Civil Veterinary Dept. Bombay admin report 1923-31 - 1923-1931
Year: 1923
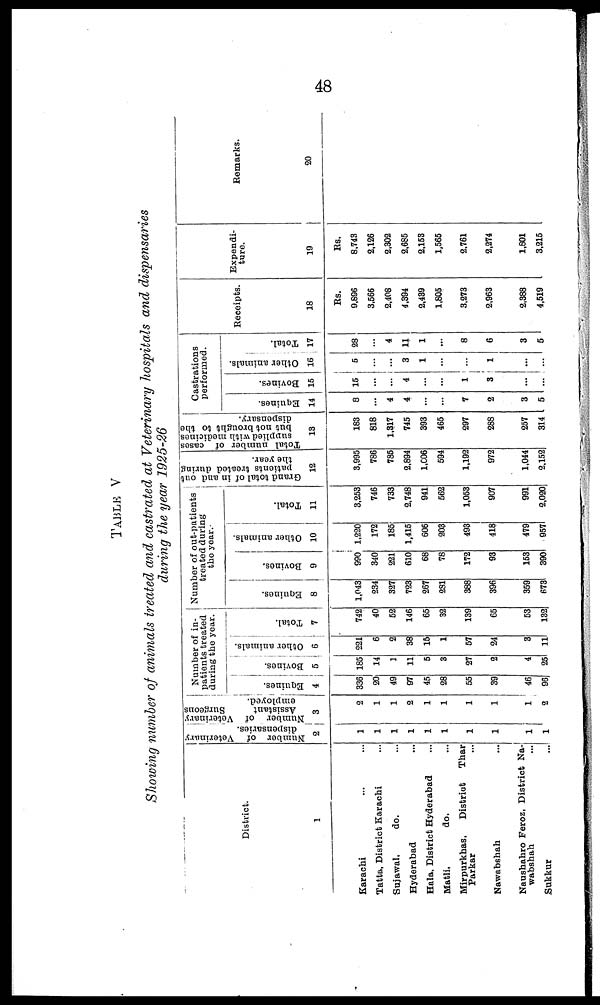
48
TABLE V
Showing number of animals treated and castrated at Veterinary hospitals and dispensaries
during the year 1925-26
District.
1
Karachi ... ...
Tatta, District Karachi ...
Sujawal,
do. ...
Hyderabad ...
Hala, District Hyderabad ...
Matli,
do. ...
Mirpurkhas,
District
Thar
Parkar ...
Nawabshah ...
Naushahro Feroz, District Na-
wabshah ...
Sukkur
...
Number of Veterinary
dispensaries.
2
1
1
1
1
1
1
1
1
1
1
Number of Veterinary
Assistant
Surgeons
employed.
3
2
1
1
2
1
1
1
1
1
2
Number of in-
patients treated
during the year.
Equines.
4
336
20
49
97
45
28
55
39
46
96
Bovines.
5
185
14
1
11
5
3
27
2
4
25
Other animals.
6
221
6
2
38
15
1
57
24
3
11
Total.
7
742
40
52
146
65
32
139
65
53
132
Number of out-patients
treated during
the year.
Equines.
8
1,043
234
327
723
267
281
388
396
359
673
Bovines.
9
990
340
221
610
68
78
172
93
153
390
Other animals.
10
1,220
172
185
1,415
606
203
493
418
479
957
Total.
11
3,253
746
733
2,748
941
562
1,053
907
991
2,020
Grand total of in and out
patients treated during
the year.
12
3,995
786
785
2,894
1,006
594
1,192
972
1,044
2,152
Total number of cases
supplied with medicines
but not brought to the
dispensary.
13
183
818
1,317
745
393
465
297
288
257
314
Castrations
performed.
Equines.
14
8
4
4
...
7
2
3
5
Bovines.
15
15
...
...
4
...
...
1
3
...
...
Other animals.
16
5
...
...
3
1
...
...
1
...
...
Total.
17
28
...
4
11
1
...
8
6
3
5
Receipts.
18
Rs.
9,896
3,566
2,408
4,394
2,439
1,805
3,273
2,963
2,388
4,519
Expendi-
ture.
19
Rs.
8,743
2,126
2,302
2,685
2,153
1,565
2,761
2,274
1,801
3,215
Remarks.
20